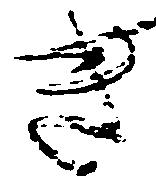
き